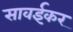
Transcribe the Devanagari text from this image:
सावईकर